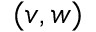
( v , w )